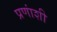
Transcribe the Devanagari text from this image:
प्रणांशी